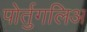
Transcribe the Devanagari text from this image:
पोर्तुगलिअ